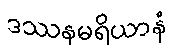
ဒဿနမရိယာနံ